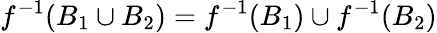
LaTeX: f^{-1}(B_{1}\cup B_{2})=f^{-1}(B_{1})\cup f^{-1}(B_{2})